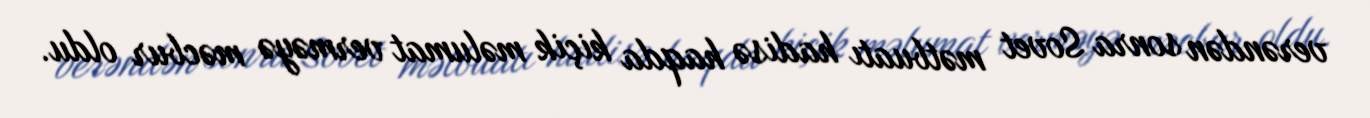
verəndən sonra Sovet mətbuatı hadisə haqda kiçik məlumat verməyə məcbur oldu.